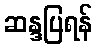
ဆန္ဒပြရန်